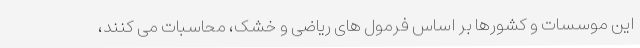
این موسسات و کشورها بر اساس فرمول های ریاضی و خشک، محاسبات می کنند،